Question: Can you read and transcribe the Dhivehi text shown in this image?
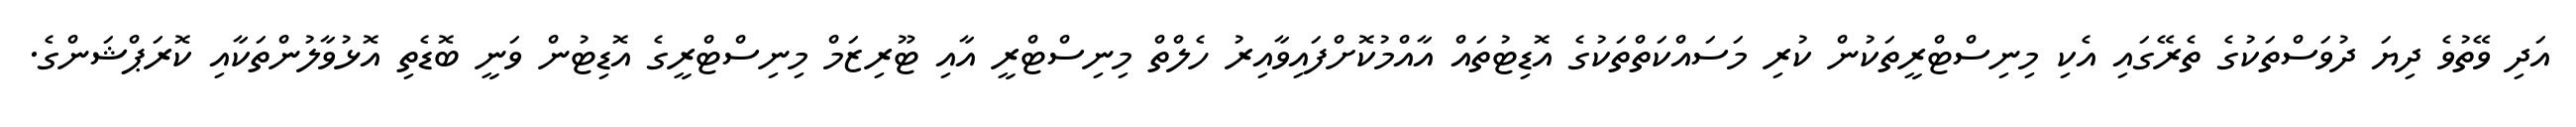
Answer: އަދި ވޭތުވެ ދިޔަ ދުވަސްތަކުގެ ތެރޭގައި އެކި މިނިސްޓްރީތަކުން ކުރި މަސައްކަތްތަކުގެ އޮޑިޓުތައް އާއްމުކޮށްފައިވާއިރު ހެލްތް މިނިސްޓްރީ އާއި ޓޫރިޒަމް މިނިސްޓްރީގެ އޮޑިޓުން ވަނީ ބޮޑެތި އޮޅުވާލުންތަކާއި ކޮރަޕްޝަންގެ.